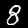
Label: 8